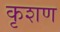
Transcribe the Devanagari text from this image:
कृशण